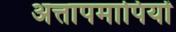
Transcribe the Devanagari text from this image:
अत्तापमापियों